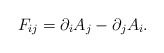
\begin{align*}F_{ij} = \partial_i A_j - \partial_j A_i.\end{align*}